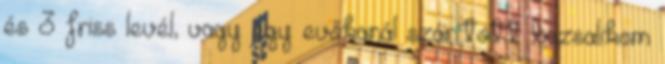
és 3 friss levél, vagy egy evőkanál szárított bazsalikom